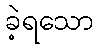
ခဲ့ရသော